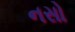
નસો